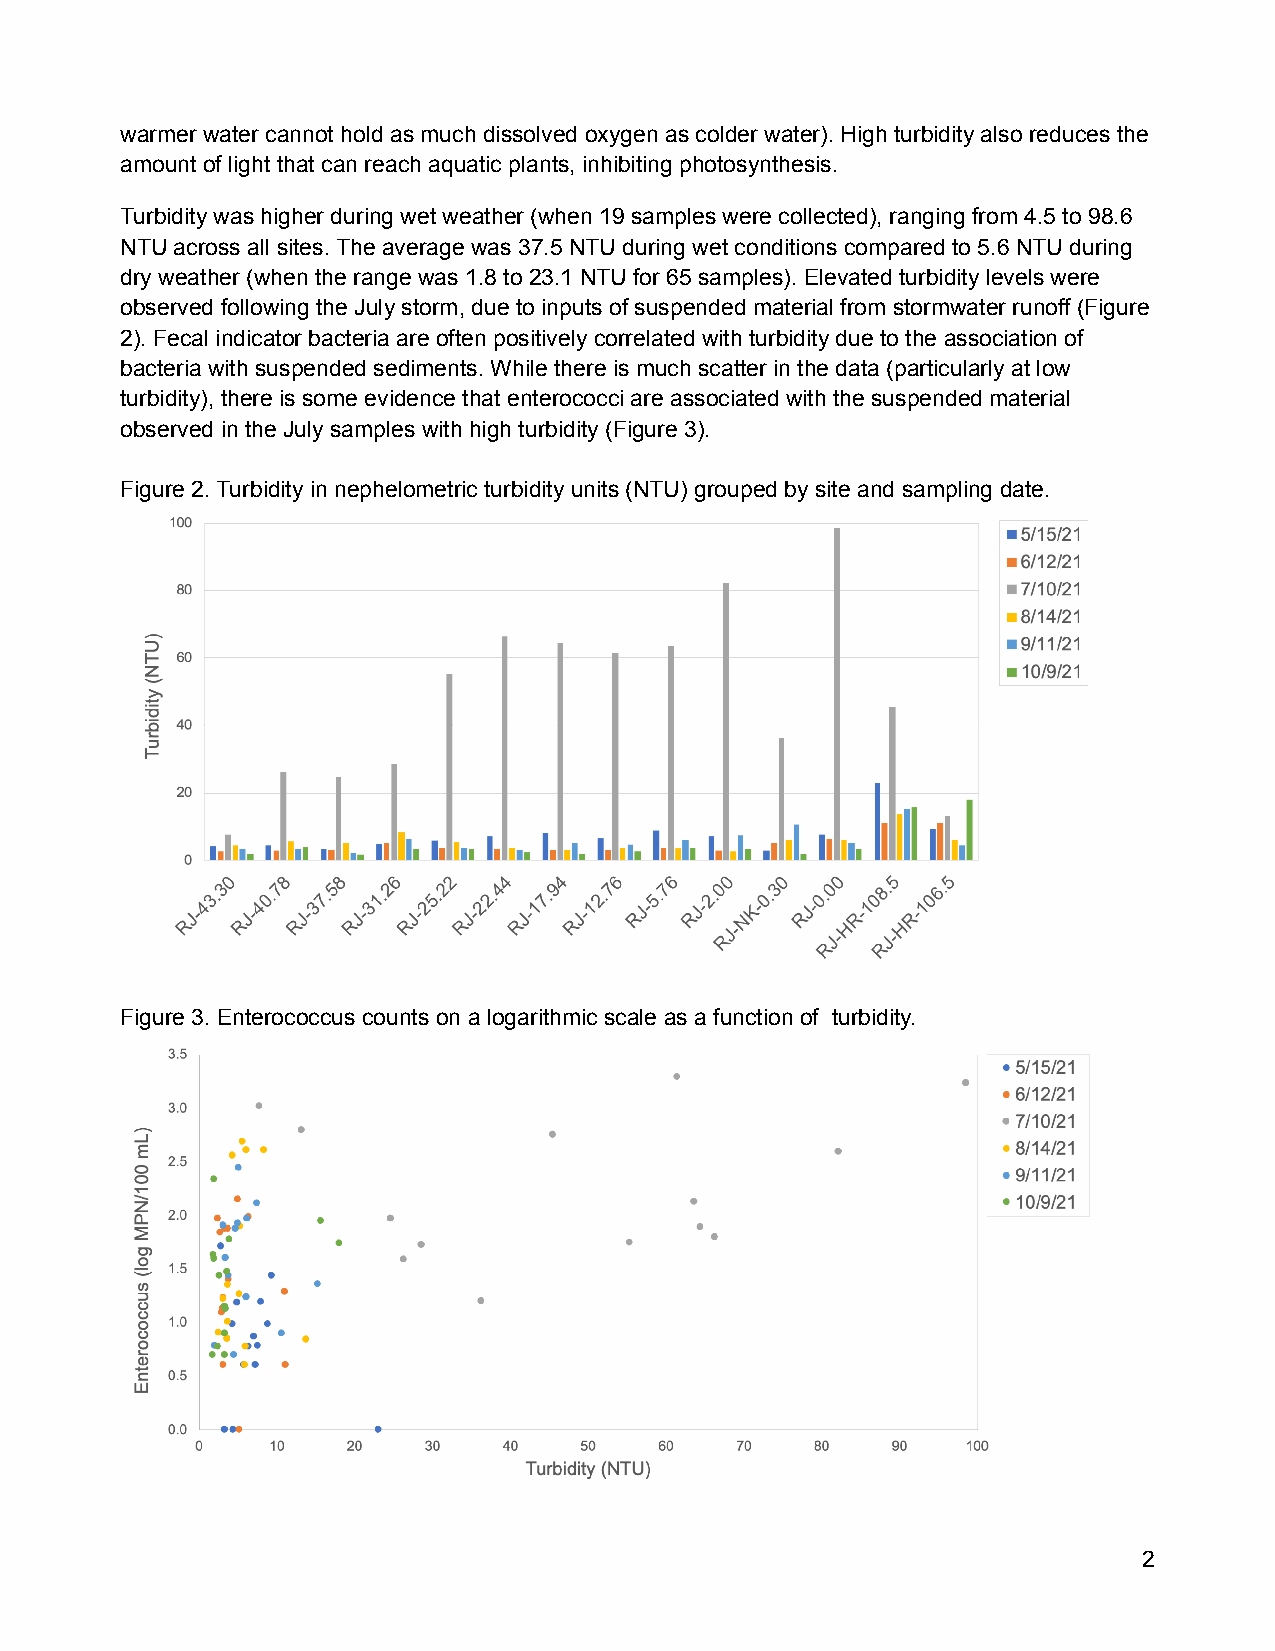
warmer water cannot hold as much dissolved oxygen as colder water). High turbidity also reduces the
 amount of light that can reach aquatic plants, inhibiting photosynthesis.
 Turbidity was higher during wet weather (when 19 samples were collected), ranging from 4.5 to 98.6
 NTU across all sites. The average was 37.5 NTU during wet conditions compared to 5.6 NTU during
 dry weather (when the range was 1.8 to 23.1 NTU for 65 samples). Elevated turbidity levels were
 observed following the July storm, due to inputs of suspended material from stormwater runoff (Figure
 2). Fecal indicator bacteria are often positively correlated with turbidity due to the association of
 bacteria with suspended sediments. While there is much scatter in the data (particularly at low
 turbidity), there is some evidence that enterococci are associated with the suspended material
 observed in the July samples with high turbidity (Figure 3).
 Figure 2. Turbidity in nephelometric turbidity units (NTU) grouped by site and sampling date.
 Figure 3. Enterococcus counts on a logarithmic scale as a function of turbidity.
 2